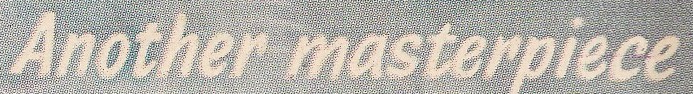
Another masterpiece